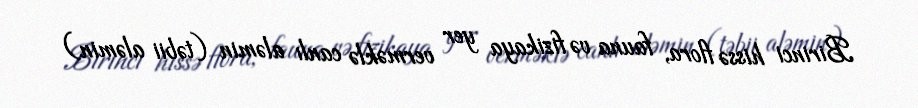
Birinci hissə flora, fauna və fizikaya yer verməklə canlı aləmin (təbii aləmin)